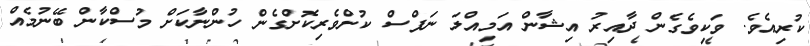
ކުރިއެވެ. ވަކިވެގެން ދާއިރު އިޝާން އަމިއްލަ ނަފްސް ކުށްވެރިކޮށްގެން ހުންނާކަށް މުސްކާން ބޭނުމެއް